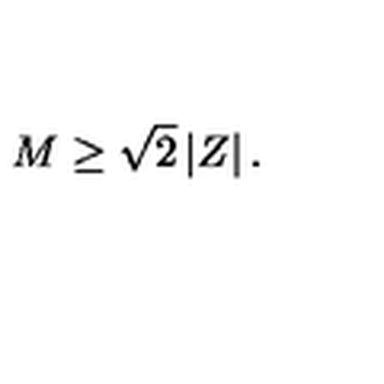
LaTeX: M \geq \sqrt { 2 } \left| Z \right| .